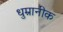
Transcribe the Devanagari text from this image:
धुम्रानीक